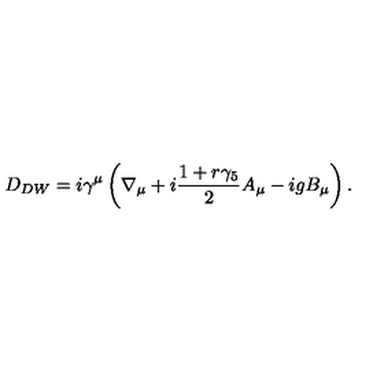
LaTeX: D _ { D W } = i \gamma ^ { \mu } \left( \nabla _ { \mu } + i \frac { 1 + r \gamma _ { 5 } } { 2 } A _ { \mu } - i g B _ { \mu } \right) .